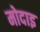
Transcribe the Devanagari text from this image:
मोदाइ